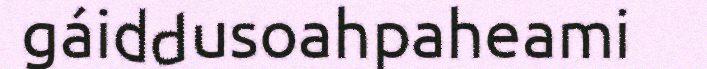
gáiddusoahpaheami